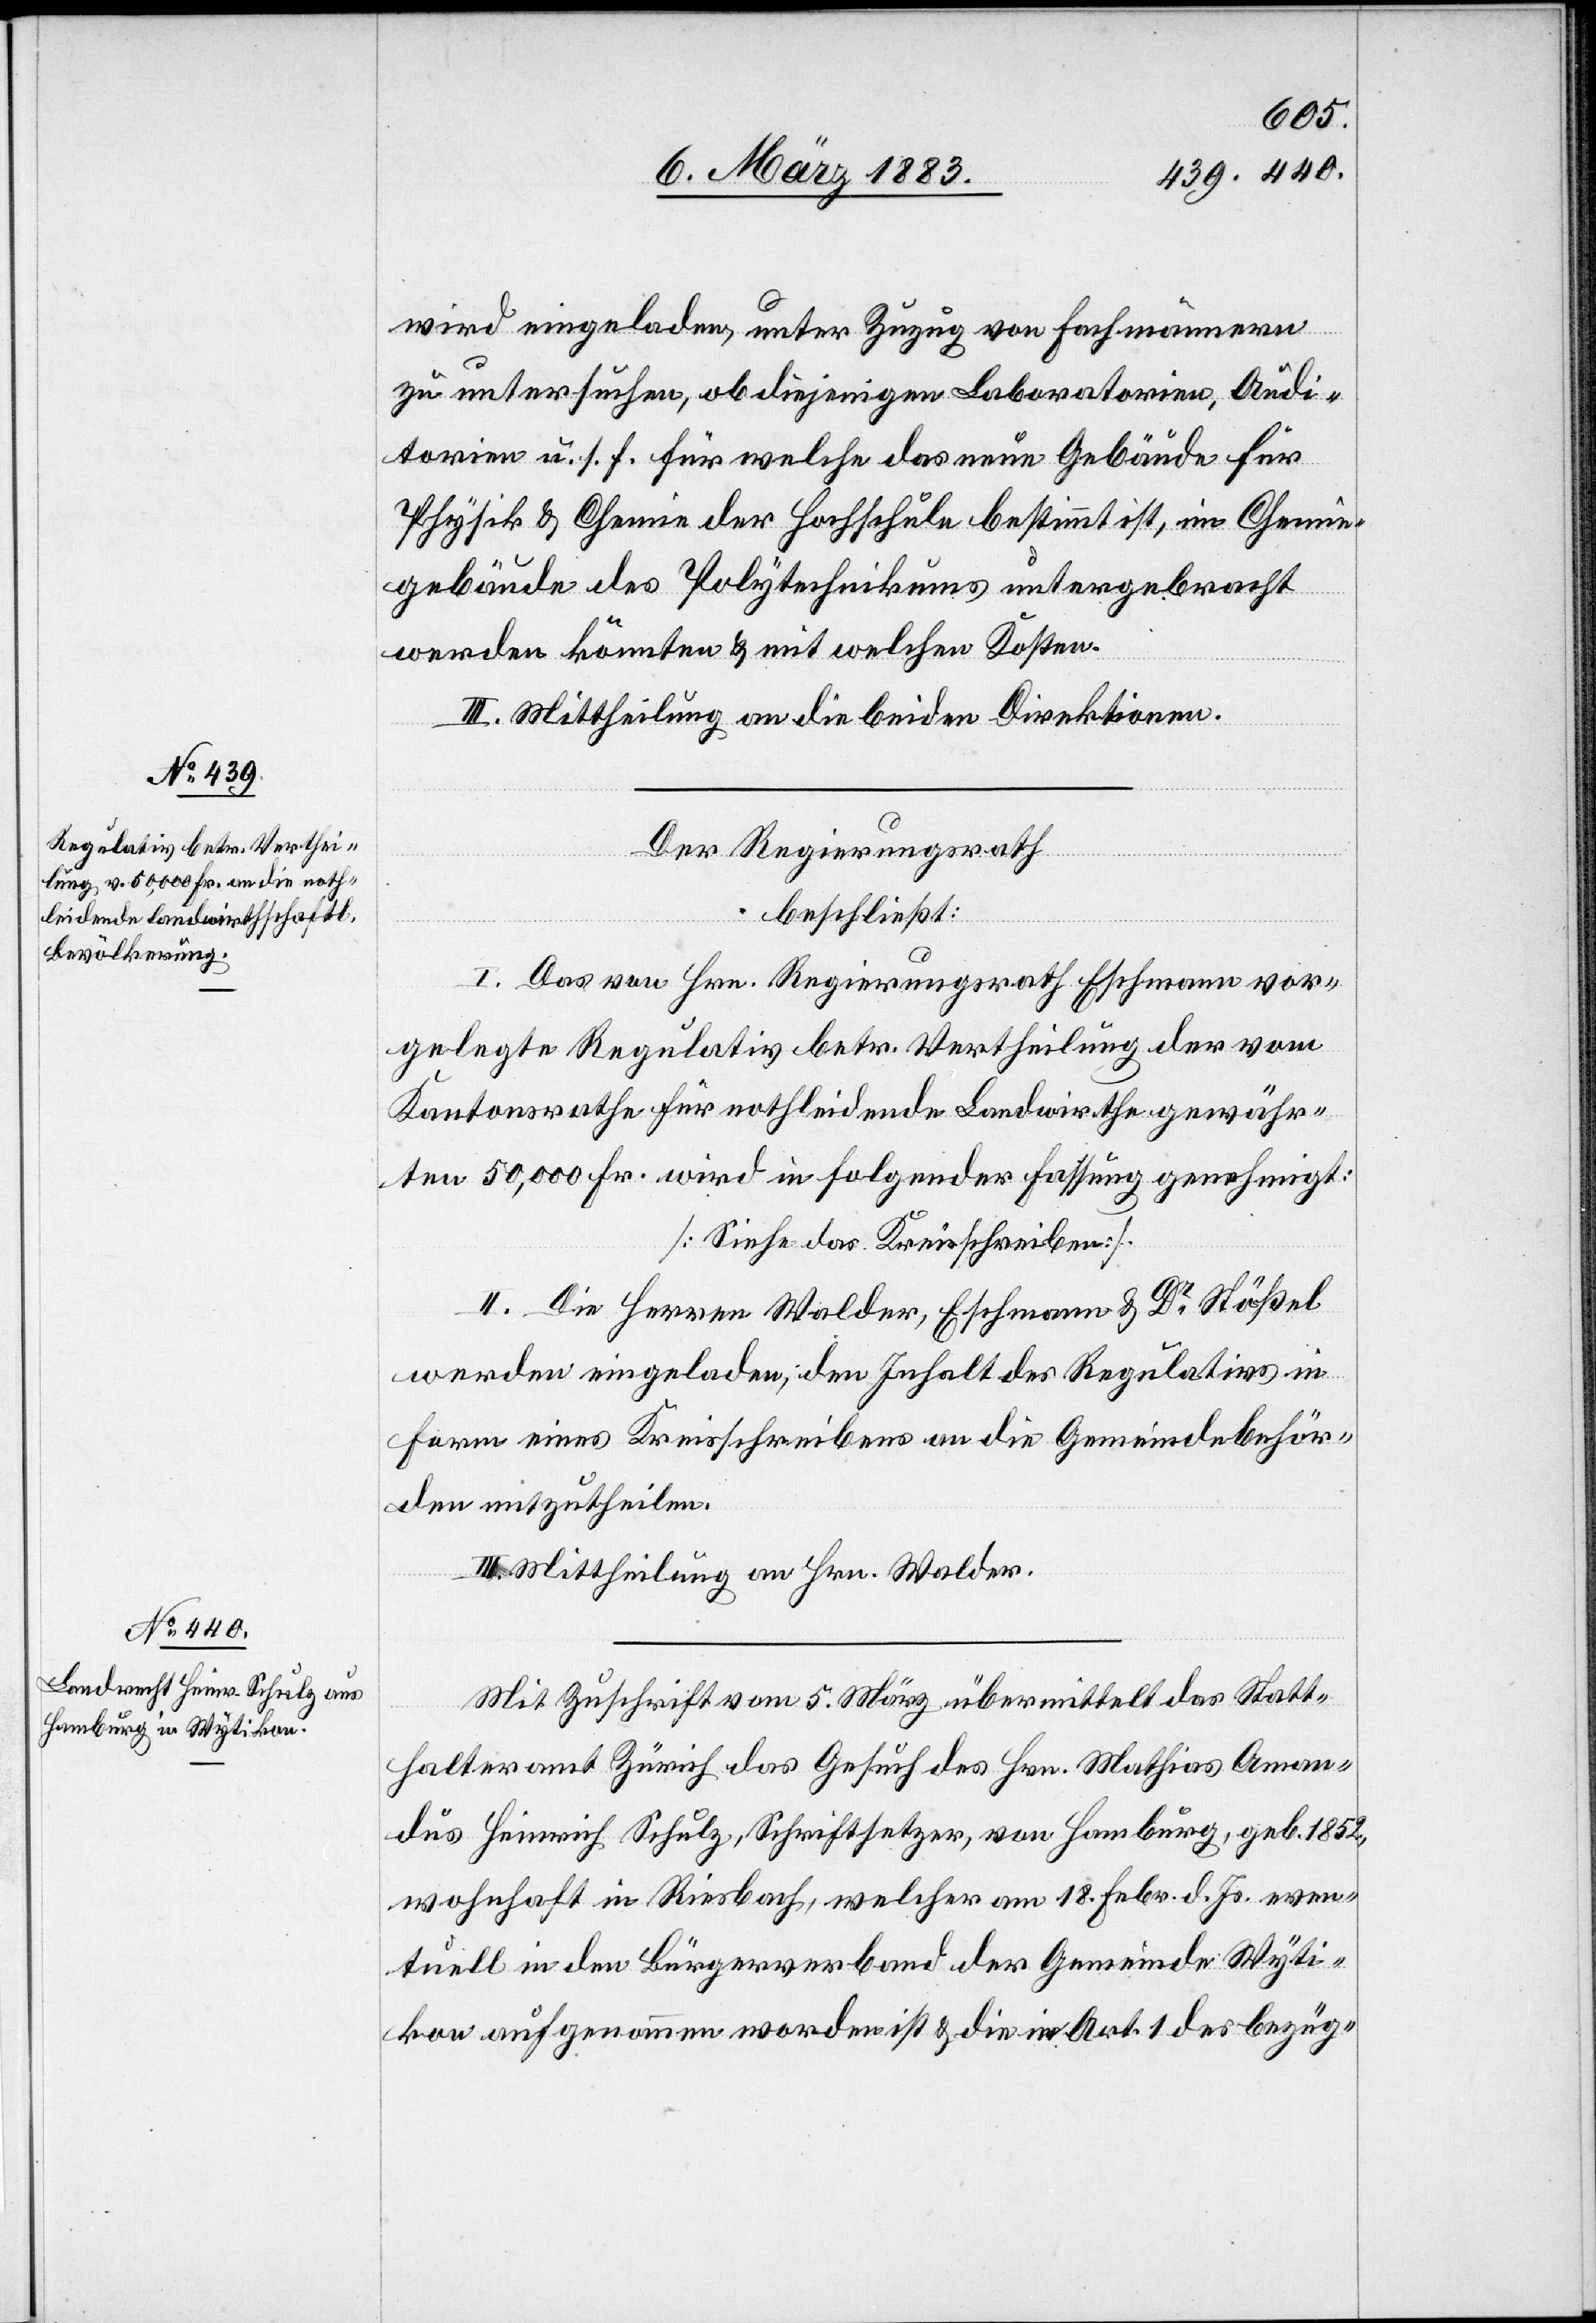
wird eingeladen, unter Zuzug von Fachmännern
zu untersuchen, ob diejenigen Laboratorien, Audi¬
torien u. s. f. für welche das neue Gebäude für
Physik & Chemie der Hochschule bestimmt ist, im Chemie¬
gebäude des Polytechnikums untergebracht
werden könnten & mit welchen Kosten.
III. Mittheilung an die beiden Direktionen.
Der Regierungsrath
beschließt:
I. Das von Hrn. Regierungsrath Eschmann vor¬
gelegte Regulativ betr. Vertheilung der vom
Kantonsrathe für nothleidende Landwirthe gewähr¬
ten 50,000 Fr. wird in folgender Fassung genehmigt:
[Siehe das Kreisschreiben].
II. Die Herren Walder, Eschmann & Dr Stößel
werden eingeladen, den Inhalt des Regulativs in
Form eines Kreisschreibens an die Gemeindebehör¬
den mitzutheilen.
III. Mittheilung an Hrn. Walder.
Mit Zuschrift vom 5. März übermittelt das Statt¬
halteramt Zürich das Gesuch des Hrn. Mathias Aman¬
dus Heinrich Schulz, Schriftsetzer, von Hamburg, geb. 1852,
wohnhaft in Riesbach, welcher am 18. Febr. d. Js. even¬
tuell in den Bürgerverband der Gemeinde Wyti¬
kon aufgenommen worden ist & die in Art. 1 des bezüg-